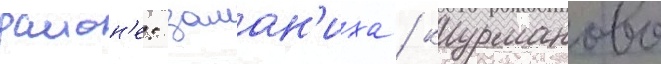
раион'е: заман'иха / курманово